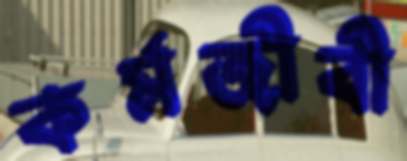
কর্মজীবী